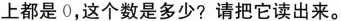
上都是0，这个数是多少?请把它读出来。